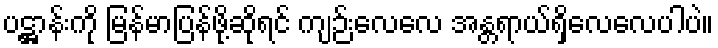
ပဋ္ဌာန်းကို မြန်မာပြန်ဖို့ဆိုရင် ကျဉ်းလေလေ အန္တရာယ်ရှိလေလေပါပဲ။